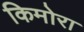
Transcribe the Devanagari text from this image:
किमोरा